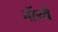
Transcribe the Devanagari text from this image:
नाॅरवे